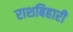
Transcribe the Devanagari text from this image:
राशबिहारी